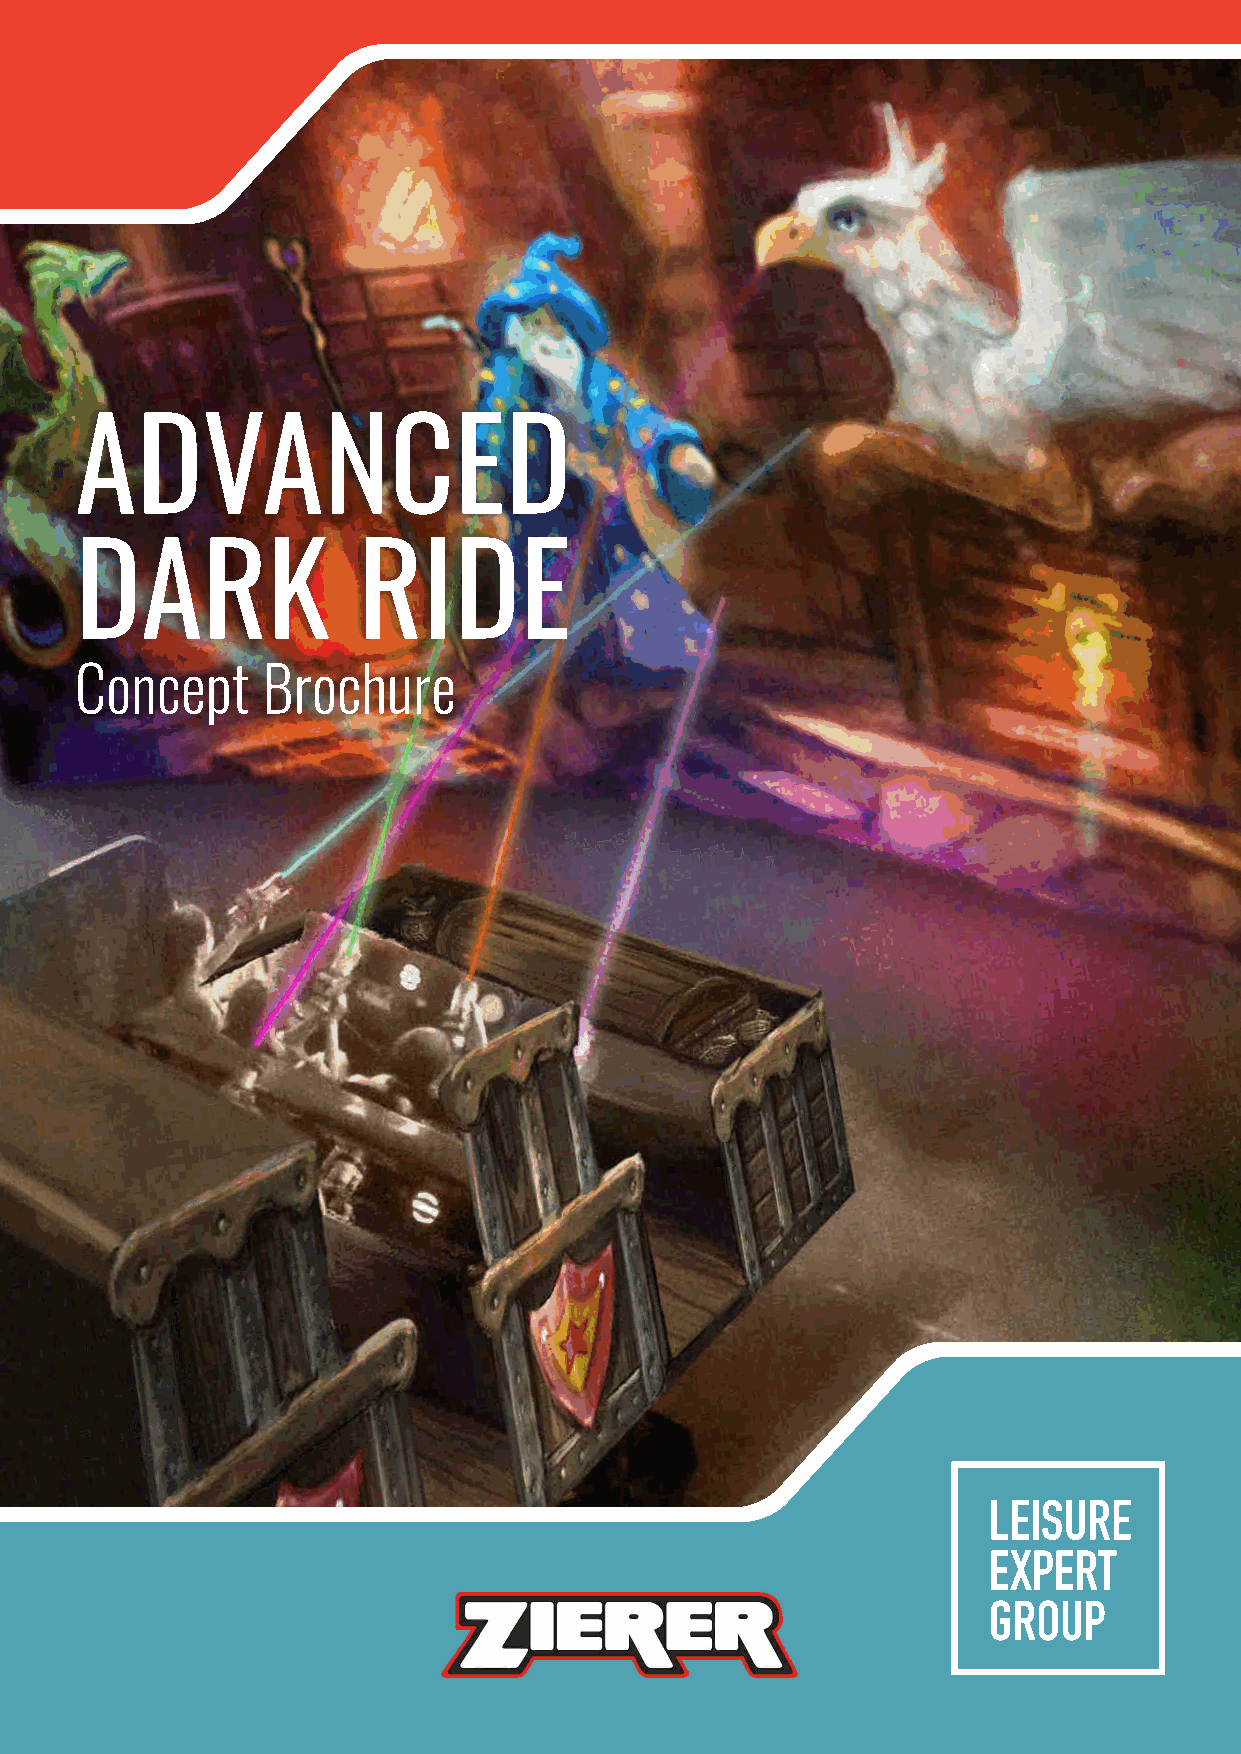
ADVANCED
 DARK               RIDE
 Concept     Brochure